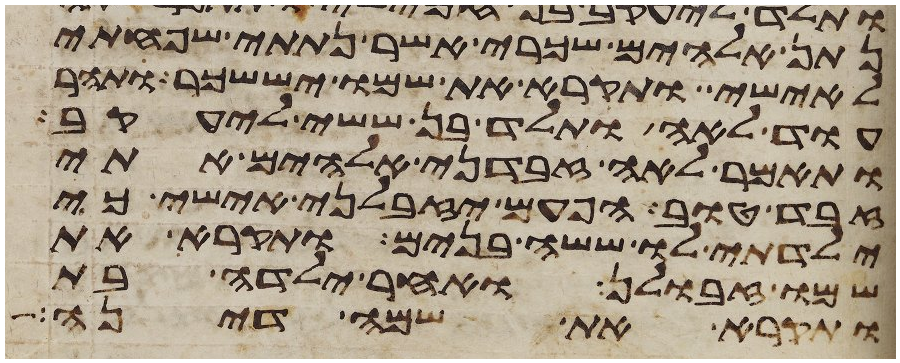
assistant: נתן אלהים שכרי אשר נתתי שפחתי
לאישי ותקרא את שמו יששכר ותהר
עוד לאה ותלד בן ששי ליעקב
ותאמר לאה זבדני אלהים אתי
זבד טוב הפעם יזבלני אישי כי
ילדתי לו ששה בנים ותקרא את
שמו זבולן ואחר ילדה בת
ותקרא את שמה דינה